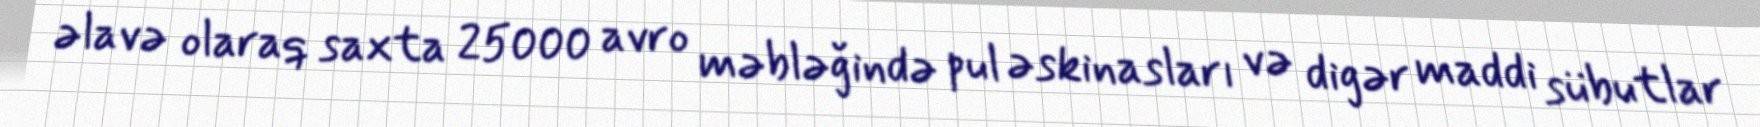
əlavə olaraq saxta 25000 avro məbləğində pul əskinasları və digər maddi sübutlar